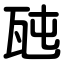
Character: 瓲